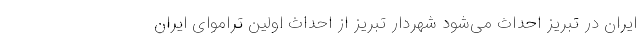
ایران در تبریز احداث می‌شود شهردار تبریز از احداث اولین تراموای ایران